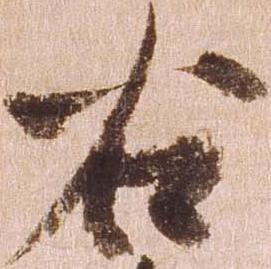
右